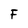
Character: F